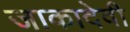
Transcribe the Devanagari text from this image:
जाकादेवी